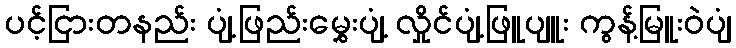
ပင့်ငြားတနည်း ပျံ့ဖြည်းမွှေးပျံ့ လှိုင်ပျံ့ဖြူပျူး ကွန့်မြူးဝဲပျံ